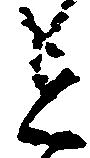
を